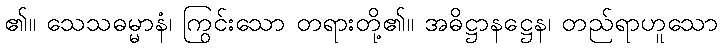
၏။ သေသဓမ္မာနံ၊ ကြွင်းသော တရားတို့၏။ အဓိဋ္ဌာနဋ္ဌေန၊ တည်ရာဟူသော